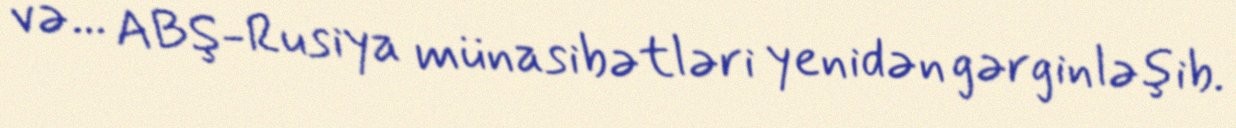
və... ABŞ-Rusiya münasibətləri yenidən gərginləşib.